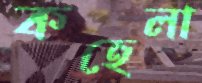
কহেলা